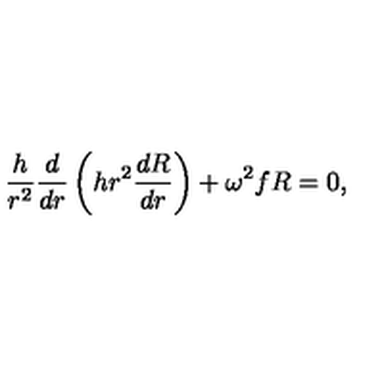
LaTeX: { \frac { h } { r ^ { 2 } } } { \frac { d } { d r } } \left( h r ^ { 2 } { \frac { d R } { d r } } \right) + \omega ^ { 2 } f R = 0 ,